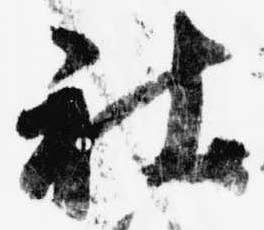
社